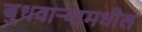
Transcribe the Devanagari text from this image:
बुधवार्‍यामधील